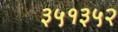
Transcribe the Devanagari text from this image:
३५१३५२